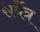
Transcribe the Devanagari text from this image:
सर्वेत्र